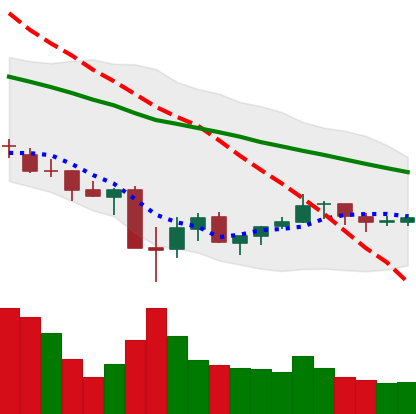
Ticker: XLM-USD
Chart end date: 2021-07-04
Forward return: -8.327%
Label: down_7plus